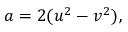
a = 2 ( u ^ { 2 } - v ^ { 2 } ) ,